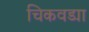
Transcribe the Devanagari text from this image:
चिकवड्या